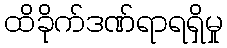
ထိခိုက်ဒဏ်ရာရရှိမှု